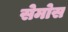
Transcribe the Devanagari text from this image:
सेमोस